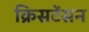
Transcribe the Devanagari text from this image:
क्रिसटेंसन